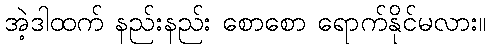
အဲ့ဒါထက် နည်းနည်း စောစော ရောက်နိုင်မလား။